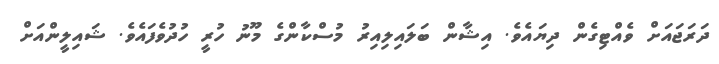
ދަރަޖައަށް ވެއްޓިގެން ދިޔައެވެ. އިޝާން ބަލައިލިއިރު މުސްކާންގެ މޫނު ހުރީ ހުދުވެފައެވެ. ޝައިލީންއަށް